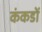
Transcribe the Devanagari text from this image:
कंकडों